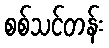
စစ်သင်တန်း